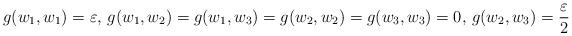
LaTeX: \begin{align*}g(w_1,w_1)=\varepsilon,\, g(w_1,w_2)=g(w_1,w_3)=g(w_2,w_2)=g(w_3,w_3)=0,\,g(w_2,w_3)=\frac\varepsilon 2 \end{align*}